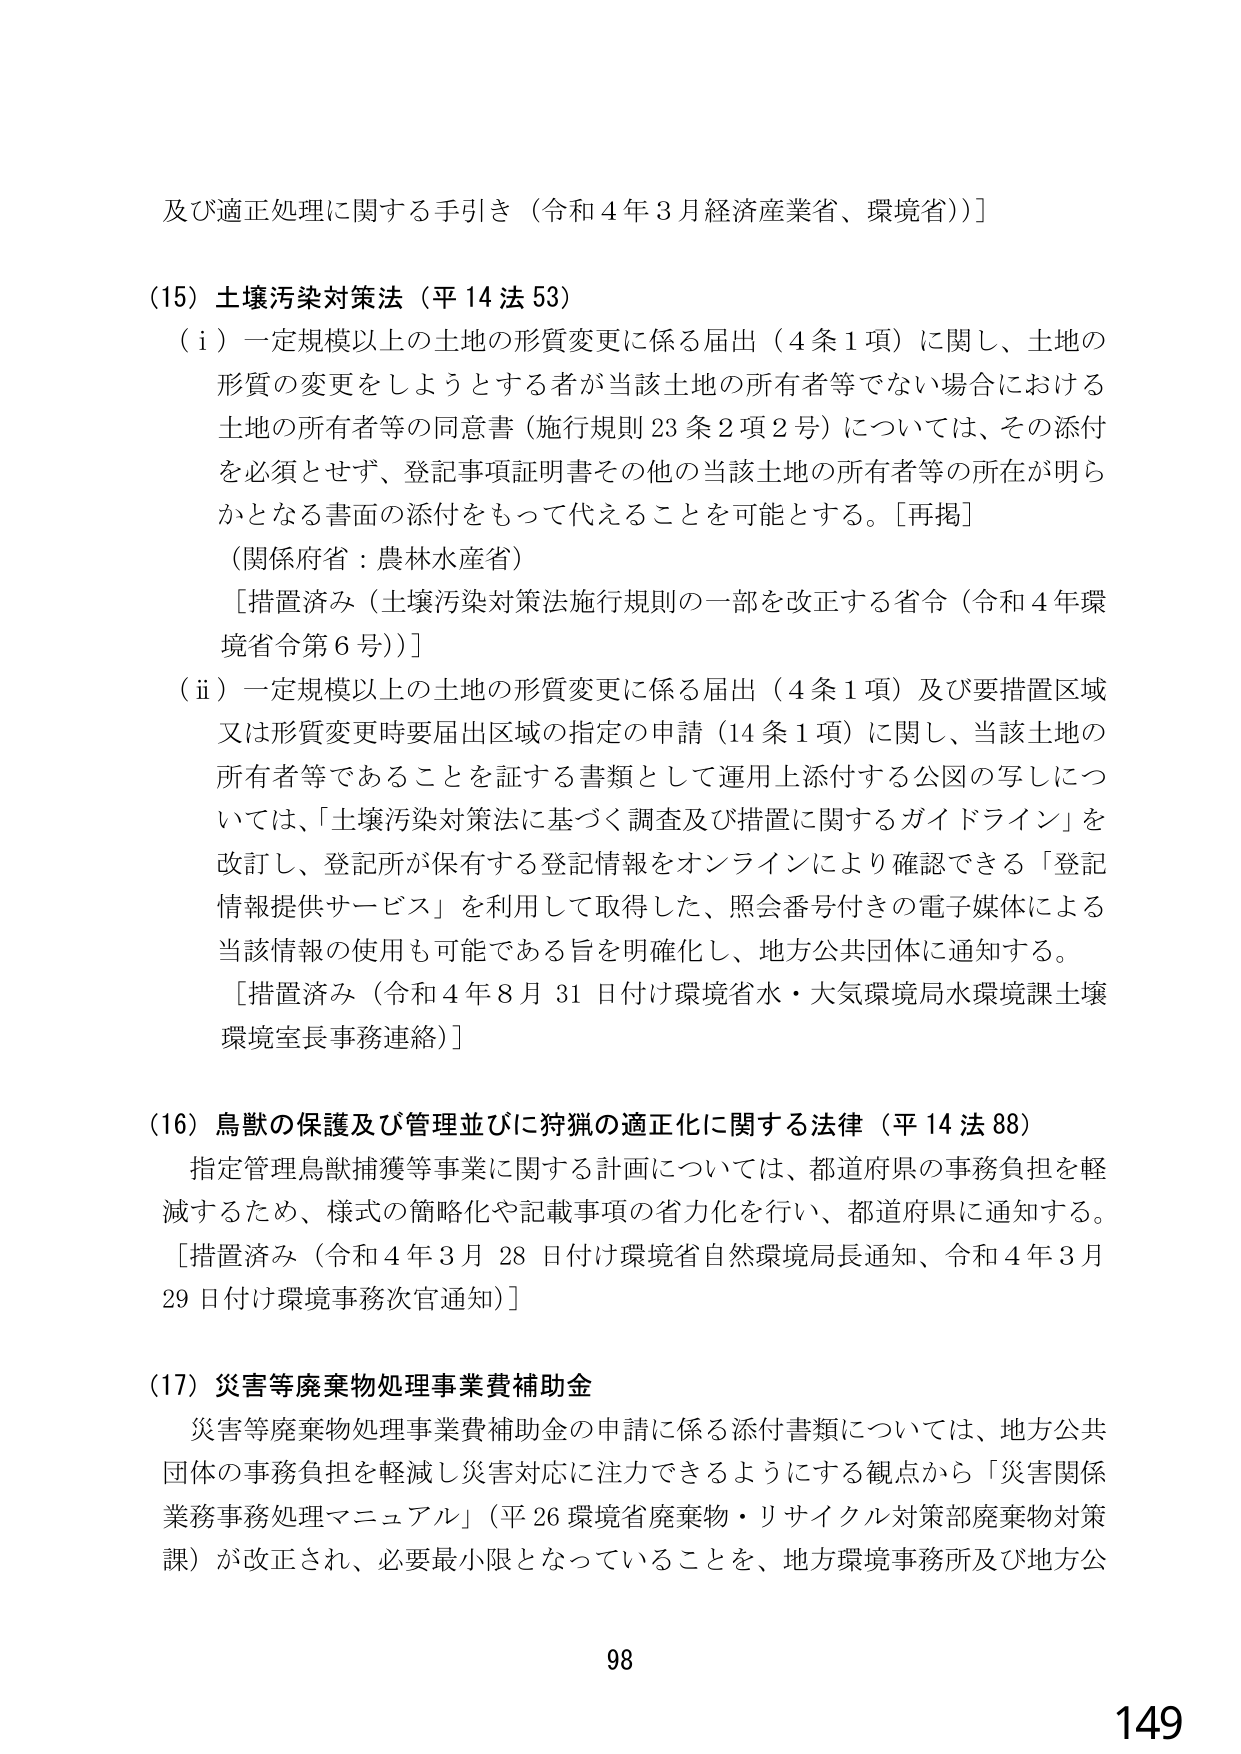
及び適正処理に関する手引き（令和４年３月経済産業省、環境省）］

（15）土壌汚染対策法（平14法53）
（i）一定規模以上の土地の形質変更に係る届出（4条1項）に関し、土地の
形質の変更をしようとする者が当該土地の所有者等でない場合における
土地の所有者等の同意書（施行規則23条2項2号）については、その添付
を必須とせず、登記事項証明書その他の当該土地の所有者等の所在が明ら
かとなる書面の添付をもって代えることを可能とする。［再掲］
（関係府省：農林水産省）
［措置済み（土壌汚染対策法施行規則の一部を改正する省令（令和4年環
境省令第6号））］
（ii）一定規模以上の土地の形質変更に係る届出（4条1項）及び要措置区域
又は形質変更時要届出区域の指定の申請（14条1項）に関し、当該土地の
所有者等であることを証する書類として運用上添付する公図の写しにつ
いては、「土壌汚染対策法に基づく調査及び措置に関するガイドライン」を
改訂し、登記所が保有する登記情報をオンラインにより確認できる「登記
情報提供サービス」を利用して取得した、照会番号付きの電子媒体による
当該情報の使用も可能である旨を明確化し、地方公共団体に通知する。
［措置済み（令和4年8月31日付け環境省水・大気環境局水環境課土壌
環境室長事務連絡）］

（16）鳥獣の保護及び管理並びに狩猟の適正化に関する法律（平14法88）
指定管理鳥獣捕獲等事業に関する計画については、都道府県の事務負担を軽
減するため、様式の簡略化や記載事項の省力化を行い、都道府県に通知する。
［措置済み（令和4年3月28日付け環境省自然環境局長通知、令和4年3月
29日付け環境事務次官通知）］

（17）災害等廃棄物処理事業費補助金
災害等廃棄物処理事業費補助金の申請に係る添付書類については、地方公共
団体の事務負担を軽減し災害対応に注力できるようにする観点から「災害関係
業務事務処理マニュアル」（平26環境省廃棄物・リサイクル対策部廃棄物対策
課）が改正され、必要最小限となっていることを、地方環境事務所及び地方公

98
149